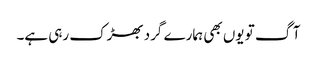
آگ تو یوں بھی ہمارے گرد بھڑک رہی ہے۔